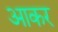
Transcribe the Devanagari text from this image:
अाकर